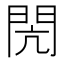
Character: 閌